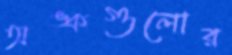
অঙ্কগুলোর